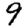
Digit: 9